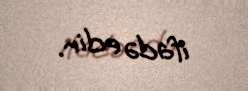
ifadə edir.